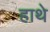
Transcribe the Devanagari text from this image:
हाथे